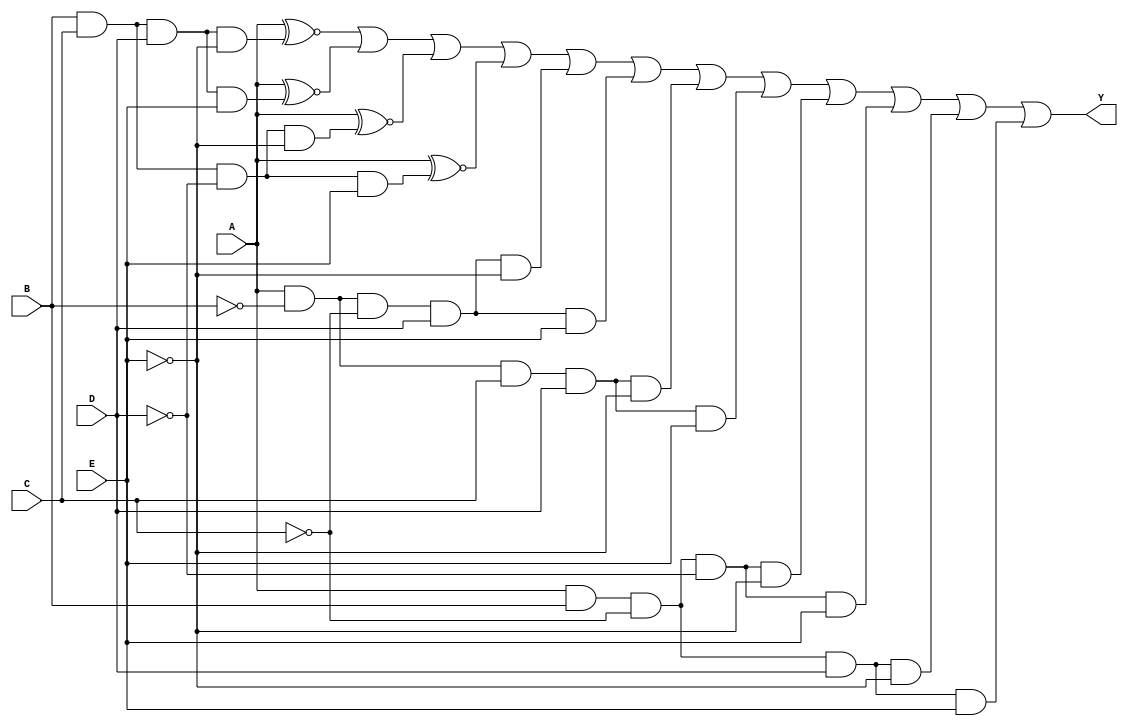
module five_variable_kmap (
    input wire A,  // Variable A
    input wire B,  // Variable B
    input wire C,  // Variable C
    input wire D,  // Variable D
    input wire E,  // Variable E
    output wire Y  // Output Y
);

// Define the output logic based on the K-map simplification
// Example minterms that produce a high output (Y = 1):
// Assuming we have the following minterms as an example: 0, 1, 2, 3, 8, 9, 10, 11, 16, 17, 18, 19
// These correspond to binary combinations of A, B, C, D, and E.

assign Y = (A ~^ B & C & D & ~E) |  // minterm 0
           (A ~^ B & C & D & E) |   // minterm 1
           (A ~^ B & C & ~D & ~E) |  // minterm 2
           (A ~^ B & C & ~D & E) |   // minterm 3
           (A & ~B & ~C & D & ~E) |  // minterm 8
           (A & ~B & ~C & D & E) |   // minterm 9
           (A & ~B & C & D & ~E) |   // minterm 10
           (A & ~B & C & D & E) |    // minterm 11
           (A & B & ~C & ~D & ~E) |   // minterm 16
           (A & B & ~C & ~D & E) |    // minterm 17
           (A & B & ~C & D & ~E) |    // minterm 18
           (A & B & ~C & D & E);      // minterm 19

endmodule